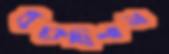
ধুঁকেছিলাম